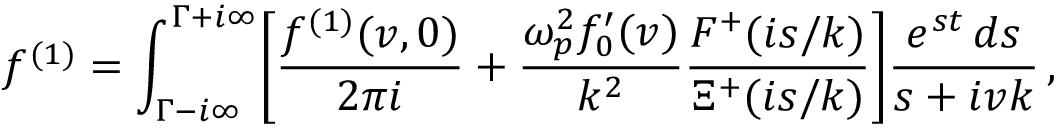
f ^ { ( 1 ) } = \int _ { \Gamma - i \infty } ^ { \Gamma + i \infty } \! \left[ \frac { f ^ { ( 1 ) } ( v , 0 ) } { 2 \pi i } + \frac { \omega _ { p } ^ { 2 } f _ { 0 } ^ { \prime } ( v ) } { k ^ { 2 } } \frac { F ^ { + } ( i s / k ) } { \Xi ^ { + } ( i s / k ) } \right] \! \frac { e ^ { s t } \, d s } { s + i v k } \, ,